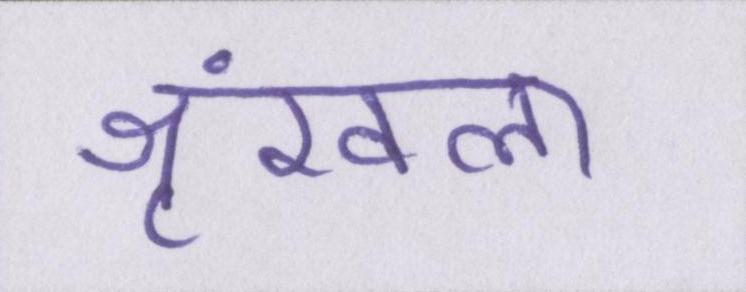
श्रृंखला